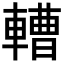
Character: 𨎝